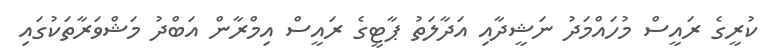
ކުރީގެ ރައީސް މުހައްމަދު ނަޝީދާއި އަދާލަތު ޕާޓީގެ ރައީސް އިމްރާން އަބްދު މަޝްވަރާތަކުގައި